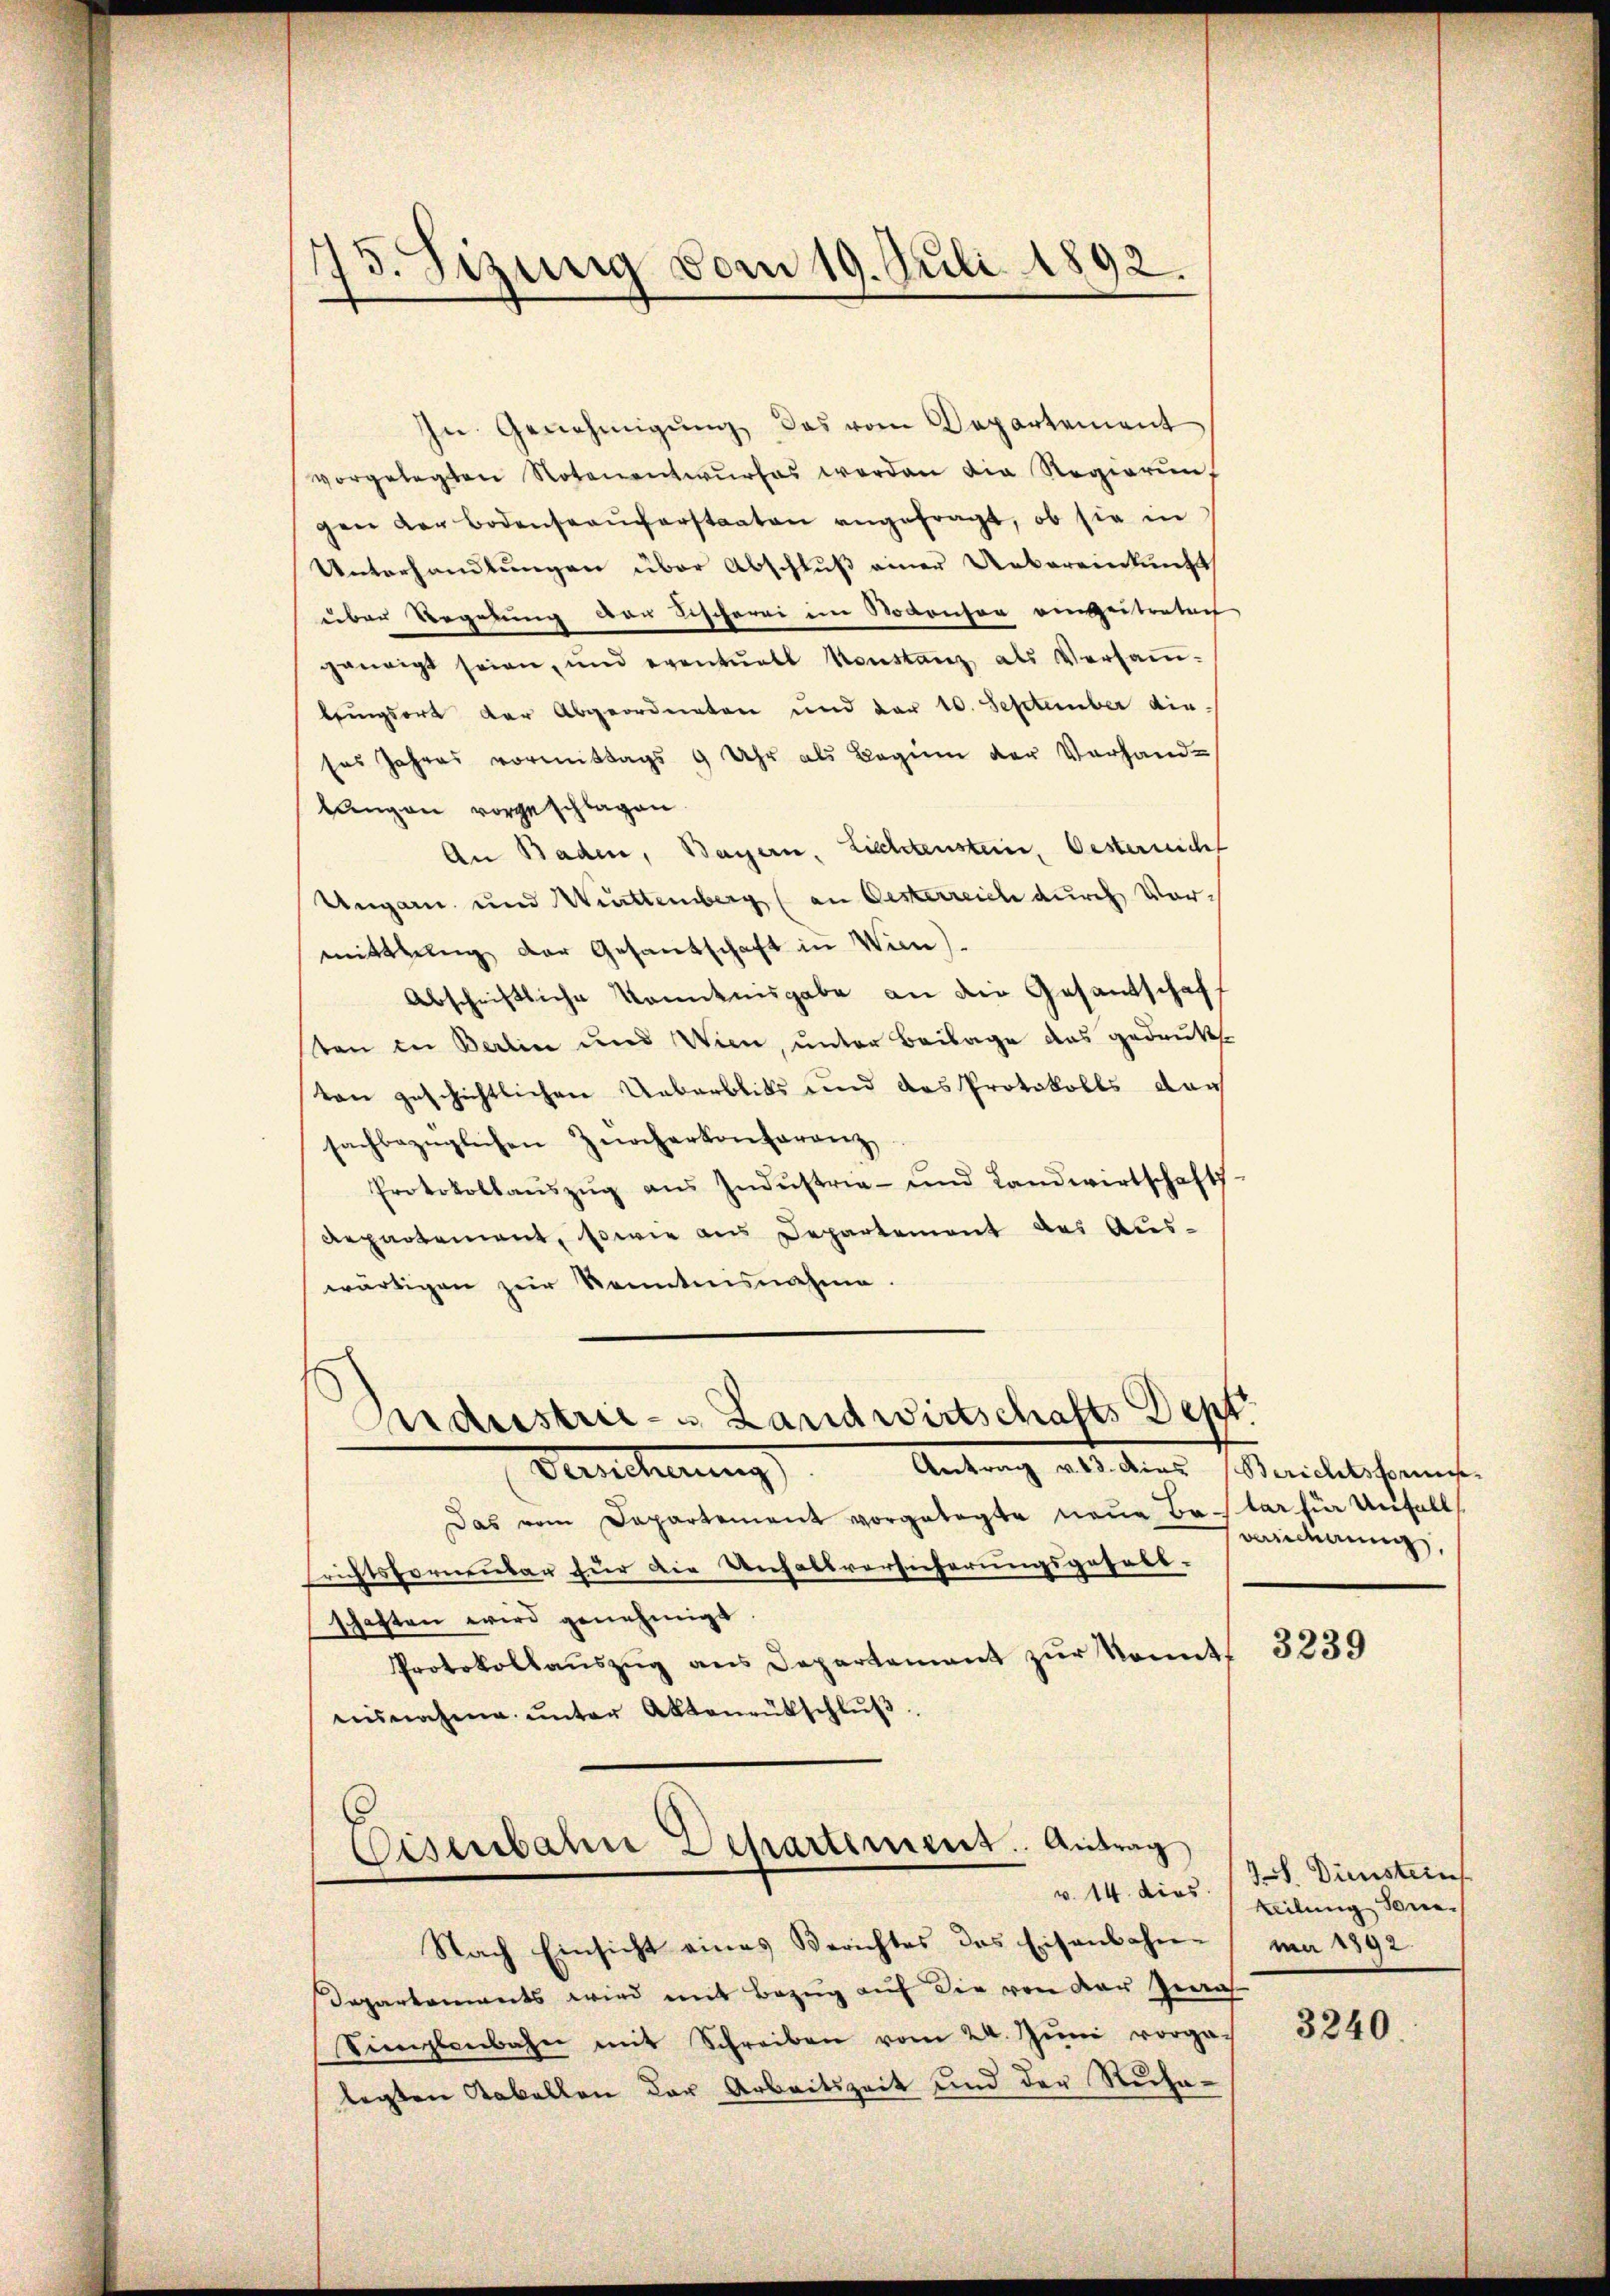
75. Sizung vom 19. Juli 1892.

In Genehmigŭng, das vom Departement
vorgelegten Notenentwŭrfes werden die Regierŭn
gen der Bodensauferstaaten angefragt, ob sie in
Unterhandlungen über Abschluß einer Uebereinkunft
über Regelung der Tischerei im Nodonsor eingetretent
geneigt seien, und eventuell Konstanz als Versaṁ-
bringsort der Abgeordneten und der 10. September dieses Jahres vormittags 9 Uhr als Beginn der Verhand-
langen vorgeschlagen.
An Baden, Bayern, Lichtenstein, Oesternicht
Ungarn und Wittenberg (an Oesterreich durch Vormittlung der Gesandschaft in Wien).
Abschriftliche Kenntnisgabe an die Gesandschaff
sten in Berlin und Wien, unter Beilage das gedrukte
von geschichtlichen Ueberblics und das Protokolls dar
sachbezüglichen Zürcherkonferenz
Protokollaŭszŭg aŭs Indŭstria- und Landwirtschafts-
Repartement, sowie aus Departement des Auswärtigen zur Kenntnisnahme.

ndustrie- u Landwirtschafts Dept.

Eisenbahn Dchartement. Antrag

Nach Einsicht eines Berichtes das Eisenbahn-
Departements wird mit Bezug auf die von der Zeich
Tizlenbahn mit Schreiben vom 24. Jŭni vorga-
legten Kabellen der Arbeitszeit und der Ruhe¬

Antrag v. 13. dies Berichtsformes
Bercherung
Das vom Departement vorgelegte neue Balar für Unfall
richtsfornenbar für die Unfallversicherungsgesellschaften wird genehmigt
Protokollaŭszŭg ans Departement zŭr konnt
nisnahme ŭnter Aktenrütschlŭβ

Berecherung,

3239

38. Diensteins
v. 14. dies heilung Sonema 1792.

3240.